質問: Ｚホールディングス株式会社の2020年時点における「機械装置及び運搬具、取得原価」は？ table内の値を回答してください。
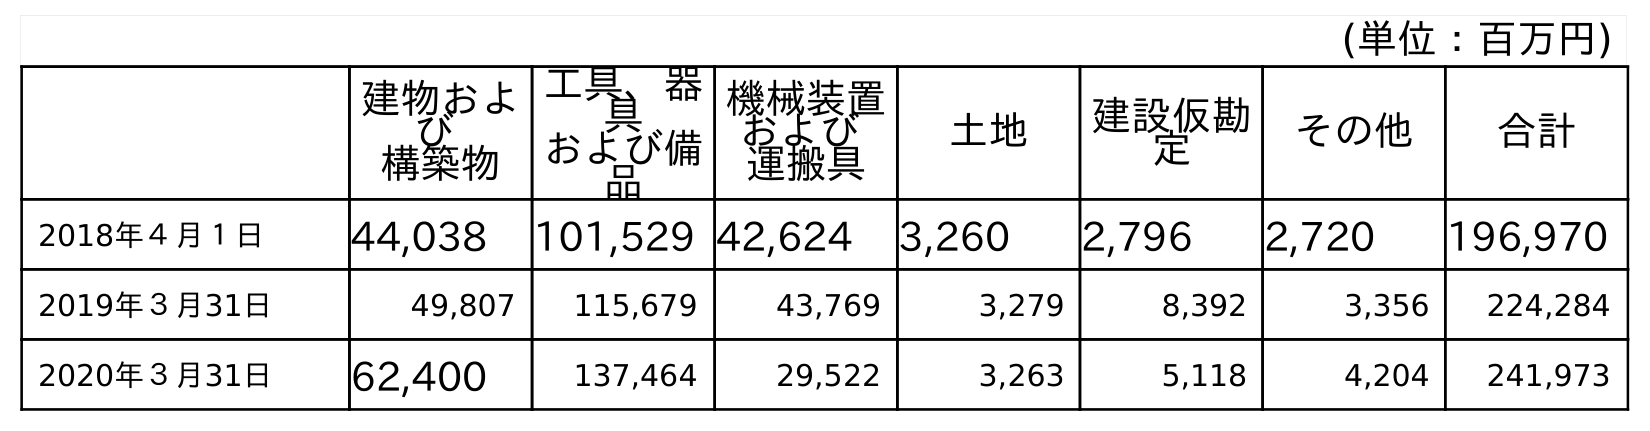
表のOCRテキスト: (単位：百万円) 建物およ び 構築物 工具、器 具 および備 品 機械装置 および 運搬具 土地 建設仮勘 定 その他 合計 2018年４月１日 44,038 101,529 42,624 3,260 2,796 2,720 196,970 2019年３月31日 49,807 115,679 43,769 3,279 8,392 3,356 224,284 2020年３月31日 62,400 137,464 29,522 3,263 5,118 4,204 241,973
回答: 29,522